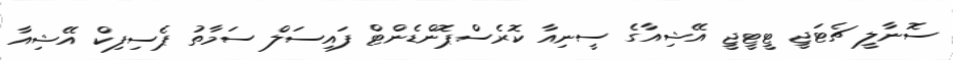
ސޮނާލީ ޗެޓަޖީ ޓީޓީޖީ އޭޝިއާގެ ސީނިއާ ކޮރެސްޕޮންޑެންޓް ފައިސަލް ސަމާތު ޕެސިފިކް އޭޝިއާ